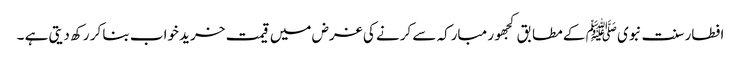
افطار سنت نبوی ﷺ کے مطابق کجھور مبارکہ سے کرنے کی غرض میں قیمت خرید خواب بنا کر رکھ دیتی ہے ۔